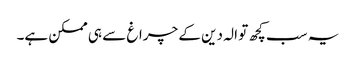
یہ سب کچھ تو الہ دین کے چراغ سے ہی ممکن ہے۔